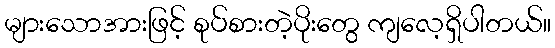
များသောအားဖြင့် စုပ်စားတဲ့ပိုးတွေ ကျလေ့ရှိပါတယ်။